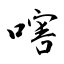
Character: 嗐